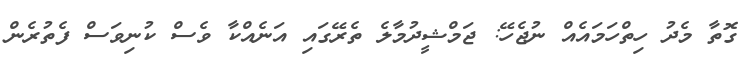
ގޮތާ މެދު ހިތްހަމައެއް ނުޖެހޭ: ޖަމްޝީދުމާލެ ތެރޭގައި އަނެއްކާ ވެސް ކުނިވަސް ފެތުރެން